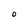
Character: 0